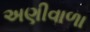
અણીવાળા